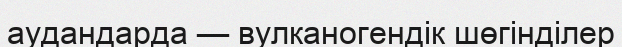
аудандарда — вулканогендік шөгінділер